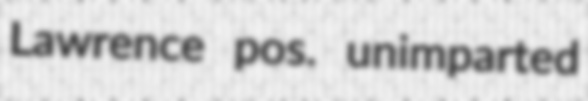
Lawrence pos. unimparted